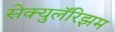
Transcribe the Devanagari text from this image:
सेक्युलॅरिझम